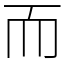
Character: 而